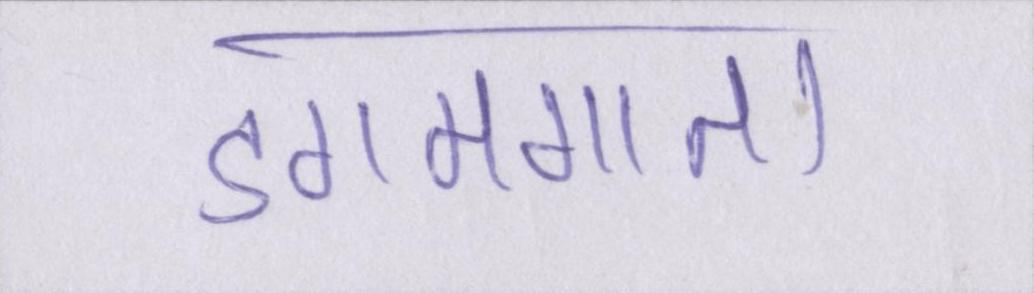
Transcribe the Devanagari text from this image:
डगमगाता